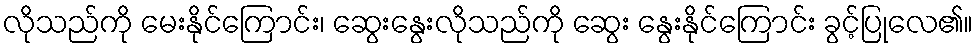
လိုသည်ကို မေးနိုင်ကြောင်း၊ ဆွေးနွေးလိုသည်ကို ဆွေး နွေးနိုင်ကြောင်း ခွင့်ပြုလေ၏။